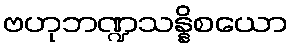
ဗဟုဘဏ္ဍသန္နိစယော